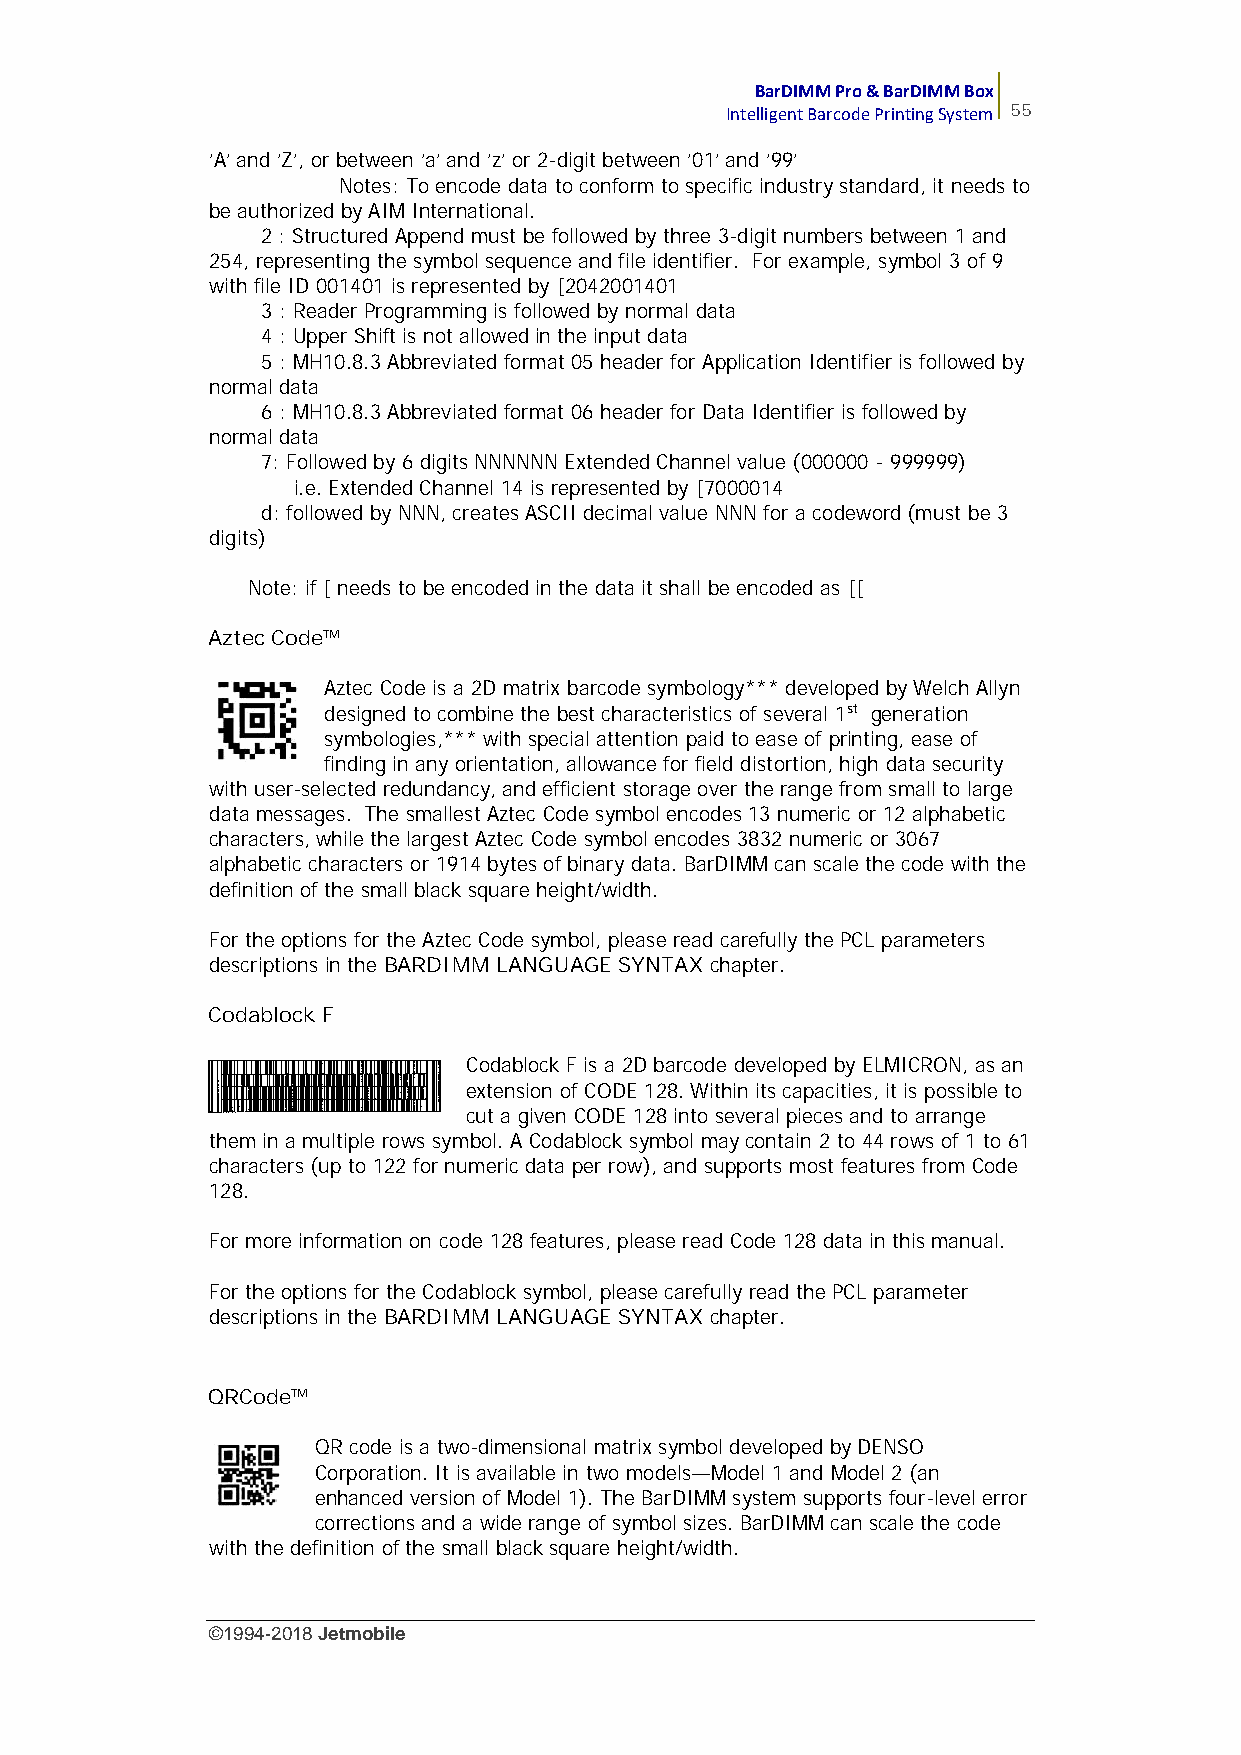
BarDIMM Pro & BarDIMM Box
 Intelligent Barcode Printing System 55
 'A' and 'Z', or between 'a' and 'z' or 2-digit between '01' and '99'
 Notes: To encode data to conform to specific industry standard, it needs to
 be authorized by AIM International.
 2 : Structured Append must be followed by three 3-digit numbers between 1 and
 254, representing the symbol sequence and file identifier. For example, symbol 3 of 9
 with file ID 001401 is represented by [2042001401
 3 : Reader Programming is followed by normal data
 4 : Upper Shift is not allowed in the input data
 5 : MH10.8.3 Abbreviated format 05 header for Application Identifier is followed by
 normal data
 6 : MH10.8.3 Abbreviated format 06 header for Data Identifier is followed by
 normal data
 7: Followed by 6 digits NNNNNN Extended Channel value (000000 - 999999)
 i.e. Extended Channel 14 is represented by [7000014
 d: followed by NNN, creates ASCII decimal value NNN for a codeword (must be 3
 digits)
 Note: if [ needs to be encoded in the data it shall be encoded as [[
 Aztec Code™
 Aztec Code is a 2D matrix barcode symbology*** developed by Welch Allyn
 designed to combine the best characteristics of several 1st generation
 symbologies,*** with special attention paid to ease of printing, ease of
 finding in any orientation, allowance for field distortion, high data security
 with user-selected redundancy, and efficient storage over the range from small to large
 data messages. The smallest Aztec Code symbol encodes 13 numeric or 12 alphabetic
 characters, while the largest Aztec Code symbol encodes 3832 numeric or 3067
 alphabetic characters or 1914 bytes of binary data. BarDIMM can scale the code with the
 definition of the small black square height/width.
 For the options for the Aztec Code symbol, please read carefully the PCL parameters
 descriptions in the BARDIMM LANGUAGE SYNTAX chapter.
 Codablock F
 Codablock F is a 2D barcode developed by ELMICRON, as an
 extension of CODE 128. Within its capacities, it is possible to
 cut a given CODE 128 into several pieces and to arrange
 them in a multiple rows symbol. A Codablock symbol may contain 2 to 44 rows of 1 to 61
 characters (up to 122 for numeric data per row), and supports most features from Code
 128.
 For more information on code 128 features, please read Code 128 data in this manual.
 For the options for the Codablock symbol, please carefully read the PCL parameter
 descriptions in the BARDIMM LANGUAGE SYNTAX chapter.
 QRCode™
 QR code is a two-dimensional matrix symbol developed by DENSO
 Corporation. It is available in two models—Model 1 and Model 2 (an
 enhanced version of Model 1). The BarDIMM system supports four-level error
 corrections and a wide range of symbol sizes. BarDIMM can scale the code
 with the definition of the small black square height/width.
 ©1994-2018Jetmobile
 E
 r
 r
 o